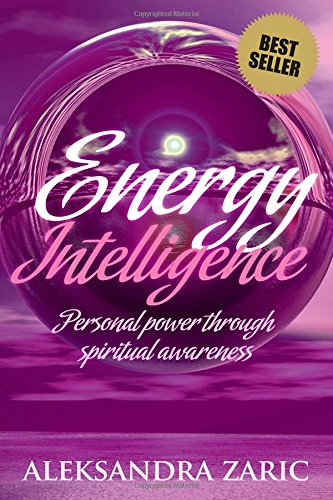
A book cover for Energy Intelligence; Aleksandra Zaric; Religion & Spirituality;